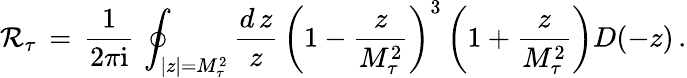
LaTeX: \mathcal{R}_{\tau}\, =\, \frac{{1}}{{2\pi\mathrm{{i}}}}\, \oint_{|z|=M_{\tau}^{2}}\frac{{d\, z}}{{z}}\, \left(1-{\frac{{z}}{{M_{\tau}^{2}}}}\right)^{3}\left(1+{\frac{{z}}{{M_{\tau}^{2}}}}\right)D(-z)\, .